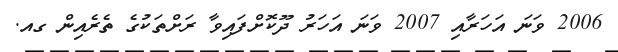
2006 ވަނަ އަހަރާއި 2007 ވަނަ އަހަރު ދޫކޮށްފައިވާ ރަށްތަކުގެ ތެރެއިން ގއ.